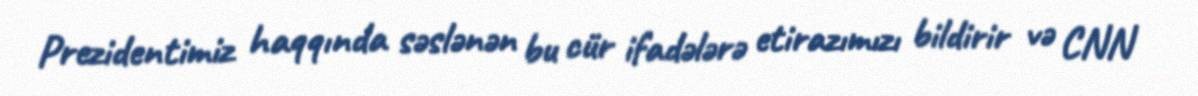
Prezidentimiz haqqında səslənən bu cür ifadələrə etirazımızı bildirir və CNN